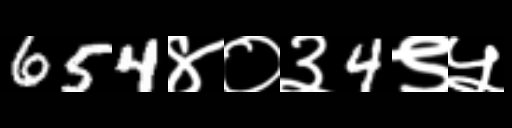
Text: 654४०३4९५